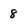
Character: 8